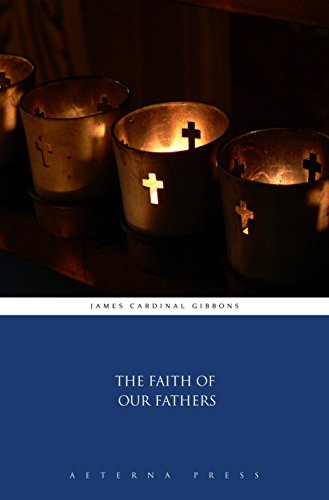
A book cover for The Faith of Our Fathers (Illustrated); James Cardinal Gibbons; Christian Books & Bibles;